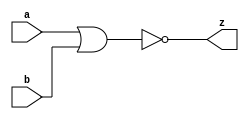
//#############################################################################
//# Function: 2 Input Nor Gate                                                #
//# Copyright: OH Project Authors. ALl rights Reserved.                       #
//# License:  MIT (see LICENSE file in OH repository)                         # 
//#############################################################################

module oh_nor2 #(parameter DW = 1 ) // array width
   (
    input [DW-1:0]  a,
    input [DW-1:0]  b,
    output [DW-1:0] z
    );
   
   assign z = ~(a | b);
   
endmodule